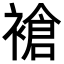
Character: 𬡧